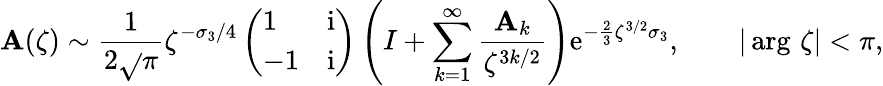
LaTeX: \mathbf{A}(\zeta)\sim\frac{{1}}{{2\sqrt{}{{\pi}}}}\zeta^{-\sigma_{3}/4}\left(\begin{array}{ll}{1}&{\mathrm{i}}\\ {-1}&{\mathrm{i}}\end{array}\right)\left(I+\sum_{k=1}^{\infty}\frac{{\mathbf{A}_{k}}}{{\zeta^{3k/2}}}\right)\mathrm{{e}}^{-\frac{{2}}{{3}}\zeta^{3/2}\sigma_{3}},\qquad|\arg\, \zeta|<\pi,